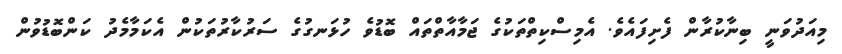
މިއަދުވަނީ ބިނާކުރާން ފެށިފައެވެ. އެމިސްކިތްތަކުގެ ޖަމާއާތްތައް ބޮޑުވެ ހުޅަނގުގެ ސަރުކާރުތަކުން އެކަމާމެދު ކަންބޮޑުވުން